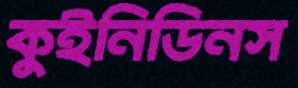
কুইনিডিনস